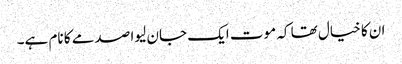
ان کا خیال تھا کہ موت ایک جان لیوا صدمے کا نام ہے۔